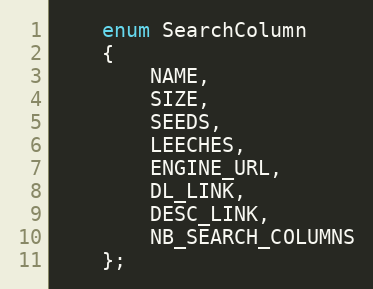
Language: C
    enum SearchColumn
    {
        NAME,
        SIZE,
        SEEDS,
        LEECHES,
        ENGINE_URL,
        DL_LINK,
        DESC_LINK,
        NB_SEARCH_COLUMNS
    };